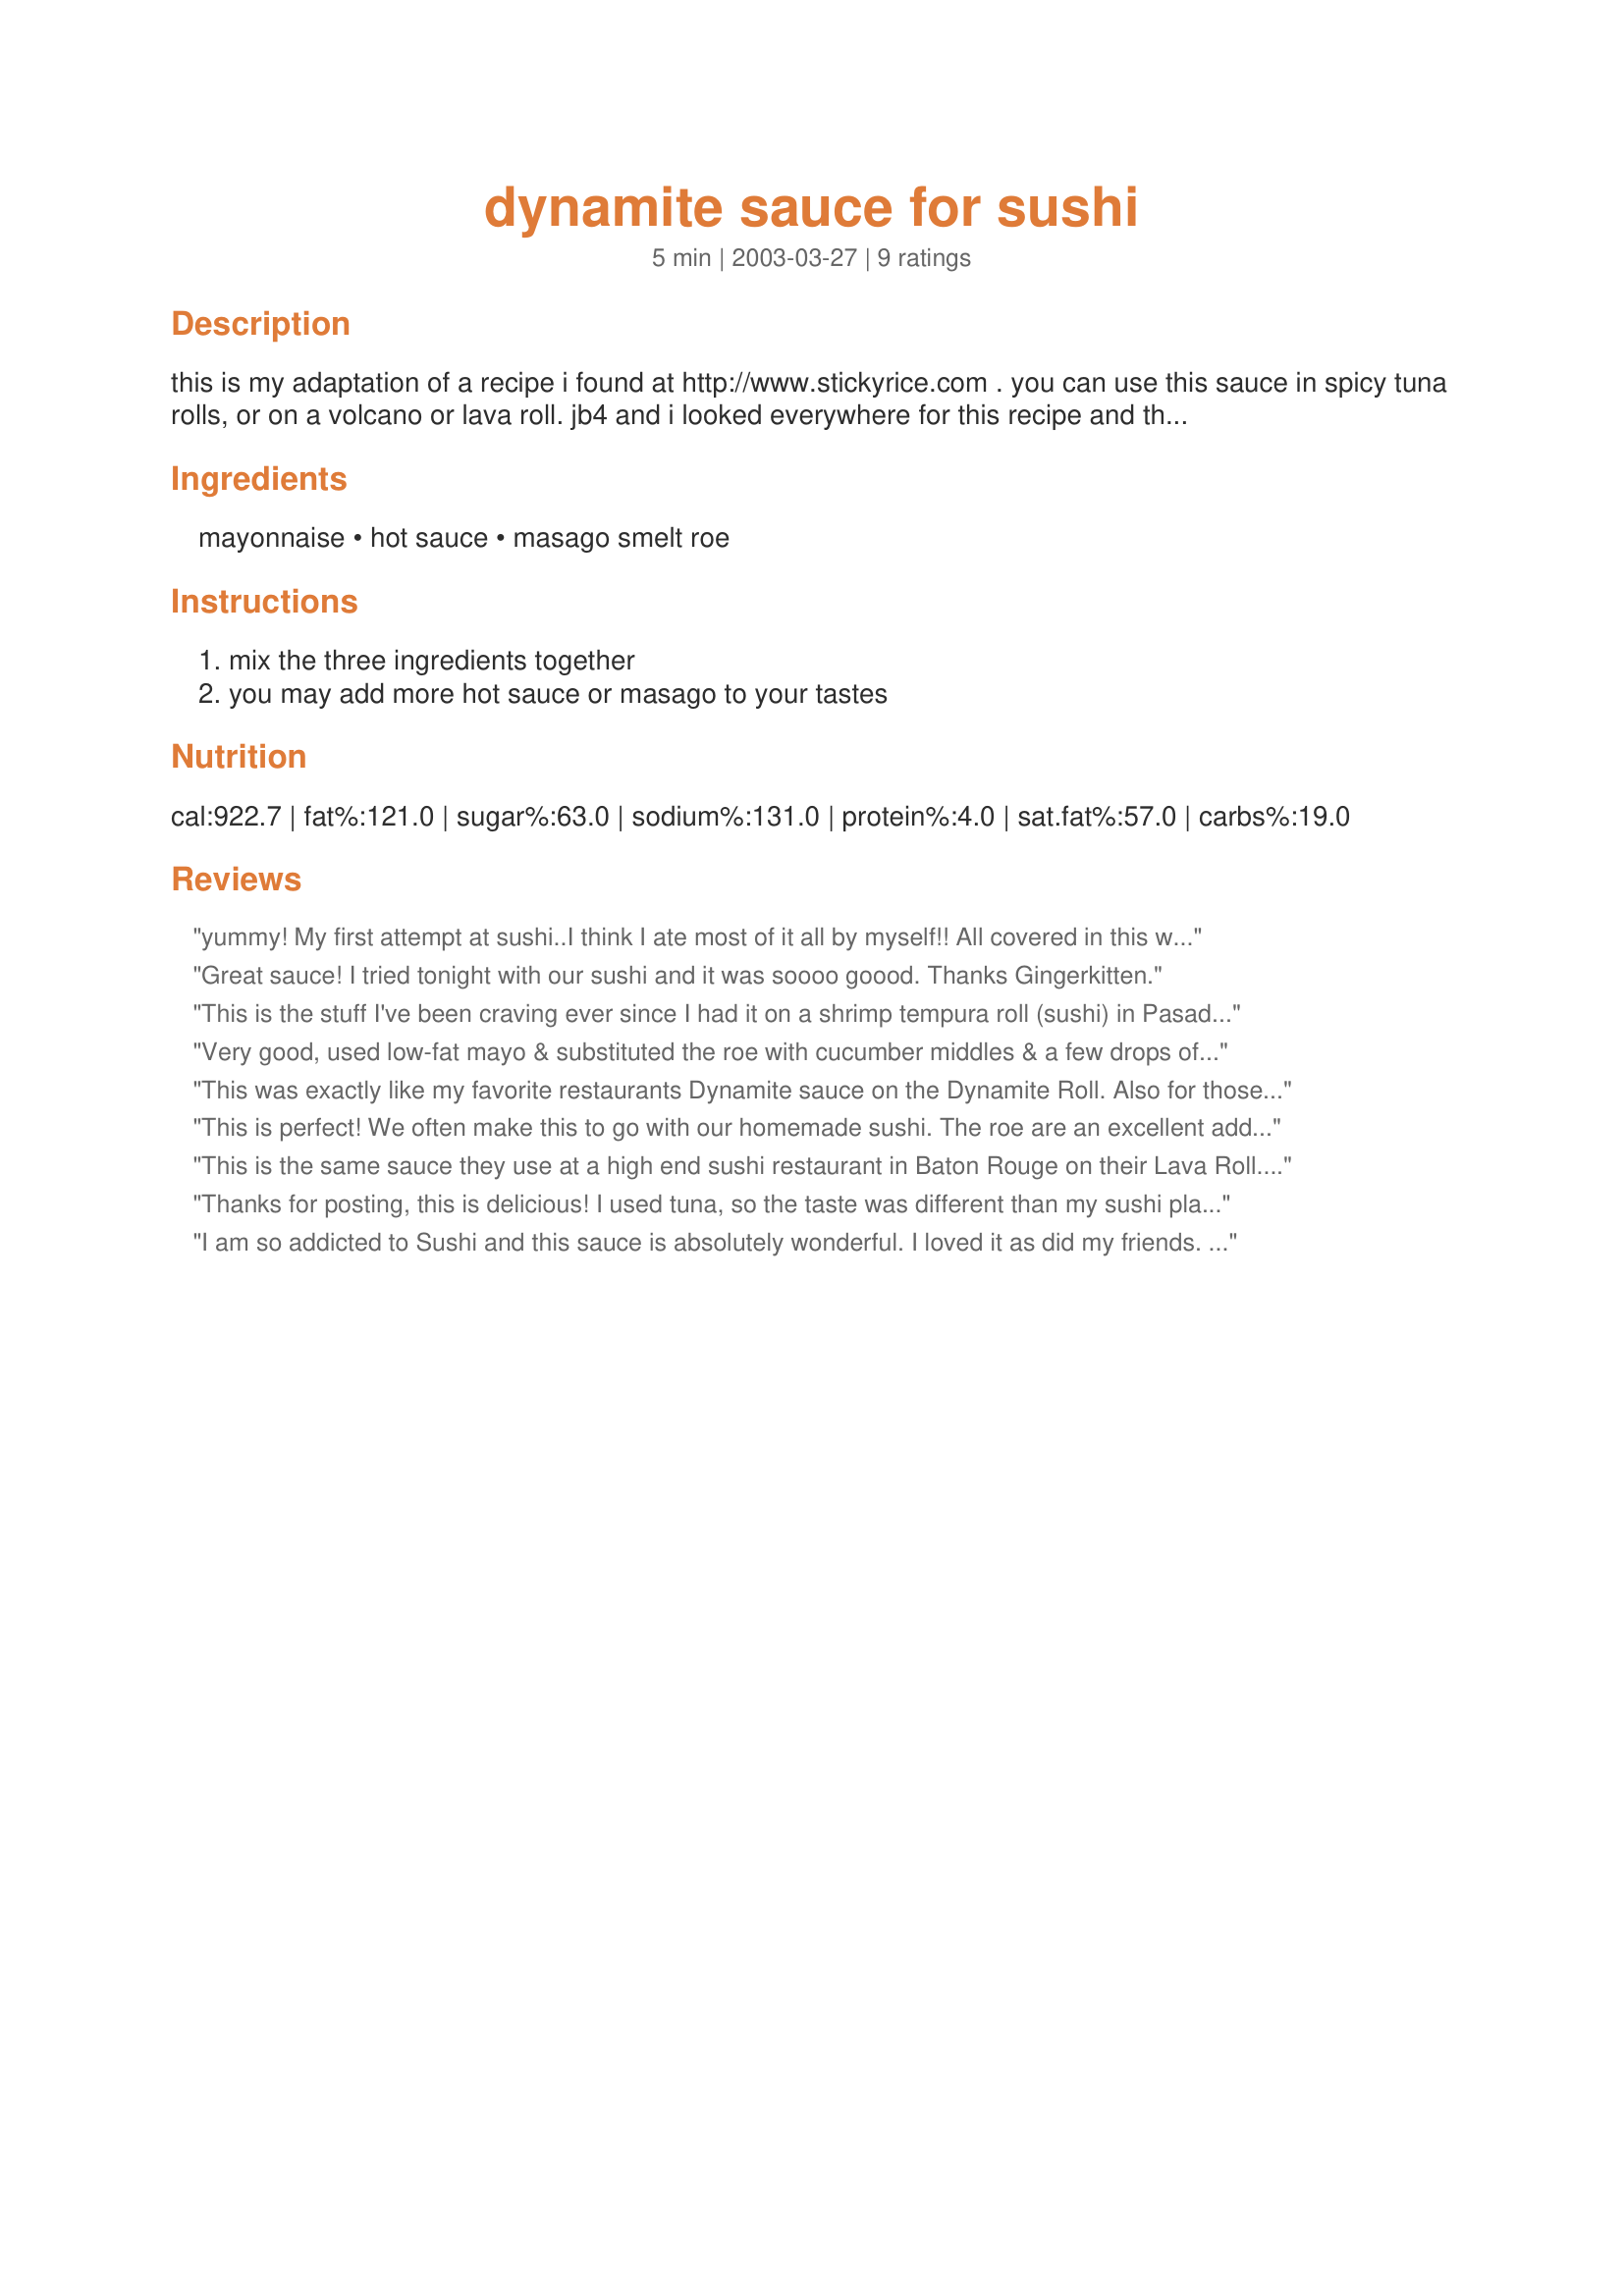
dynamite sauce for sushi
Preparation time: 5 minutes

this is my adaptation of a recipe i found at http://www.stickyrice.com . you can use this sauce in spicy tuna rolls, or on a volcano or lava roll. jb4 and i looked everywhere for this recipe and the sriracha hot sauce is the secret ingredient. you can be authentic and use "real" japanese mayonnaise (qp, kewpie), but good old hellman's works fine too. if you don't want the roe...leave it out, i think it is mainly for color and texture. if you omit the roe this is especially good for making tuna salad.

Ingredients:
mayonnaise, hot sauce, masago smelt roe

Steps:
mix the three ingredients together, you may add more hot sauce or masago to your tastes

Reviews:
yummy! My first attempt at sushi..I think I ate most of it all by myself!! All covered in this wonderful sauce! I made a "shrimp salad" roll - just sauce and shrimp -super great! Thanks so much
Great sauce!
I tried tonight with our sushi and it was soooo goood. Thanks Gingerkitten.
This is the stuff I've been craving ever since I had it on a shrimp tempura roll (sushi) in Pasadena, CA. I omitted the roe and used Kewpie mayonnaise which I'd been trying to hunt down in order to make this sauce. Wheee!! Now I can make it myself, thank you!
Very good, used low-fat mayo & substituted the roe with cucumber middles & a few drops of fish sauce
This was exactly like my favorite restaurants Dynamite sauce on the Dynamite Roll. Also for those people doing low carb this only has 5-8 carbs if you use regular Mayo. I poured it over some california rolls with scallops on top! Thanks for the recipe!!!
This is perfect! We often make this to go with our homemade sushi. The roe are an excellent addition- they give the sauce a bit more body and wonderfully pop in your mouth. I used Trader Joe's organic mayo, which works just great. It's weird- mayonaise really doesn't seem like it would go well with sushi, but in this combination its terrific. I've had this at a lot of restaurants too and rolls with this sauce on it often cost a couple bucks more than the ones without. This sauce is a great alternative when you want a different spicy sauce for sushi than the tradional/common wasabi.
This is the same sauce they use at a high end sushi restaurant in Baton Rouge on their Lava Roll. It is perfect. I used Japanese mayo. It has a little different flavor. Place sauce on top of the slices and place under a broiler until it bubbles. Yummmmm
Thanks for posting, this is delicious! I used tuna, so the taste was different than my sushi place, but next time I'll try it with some different fish. My fav place uses salmon and whitefish but I know some use conch. To save time I cooked up some sushi rice and then for step 3, broiled the fish and mayo combo in the toaster oven on top of a peice of aluminum foil for about 15 minutes. Then I put the broiled tuna combo on top of the rice.
I am so addicted to Sushi and this sauce is absolutely wonderful. I loved it as did my friends. Thanks for sharing!
